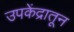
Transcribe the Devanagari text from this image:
उपकेंद्रातून